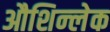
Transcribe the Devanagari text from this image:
औशिन्लेक